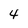
Character: 4